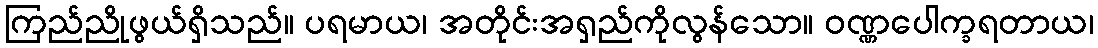
ကြည်ညိုဖွယ်ရှိသည်။ ပရမာယ၊ အတိုင်းအရှည်ကိုလွန်သော။ ဝဏ္ဏပေါက္ခရတာယ၊